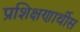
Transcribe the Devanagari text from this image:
प्रशिक्षणार्थीस